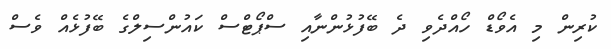
ކުރިން މި އެވޯޑް ހޯއްދެވި ދެ ބޭފުޅުންނާއި ސްޕޯޓްސް ކައުންސިލްގެ ބޭފުޅެއް ވެސް